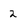
Character: 2